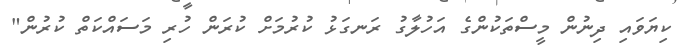
ކިޔަވައި ދިނުން މީސްތަކުންގެ އަހުލާގު ރަނގަޅު ކުރުމަށް ކުރަން ހުރި މަސައްކަތް ކުރުން"